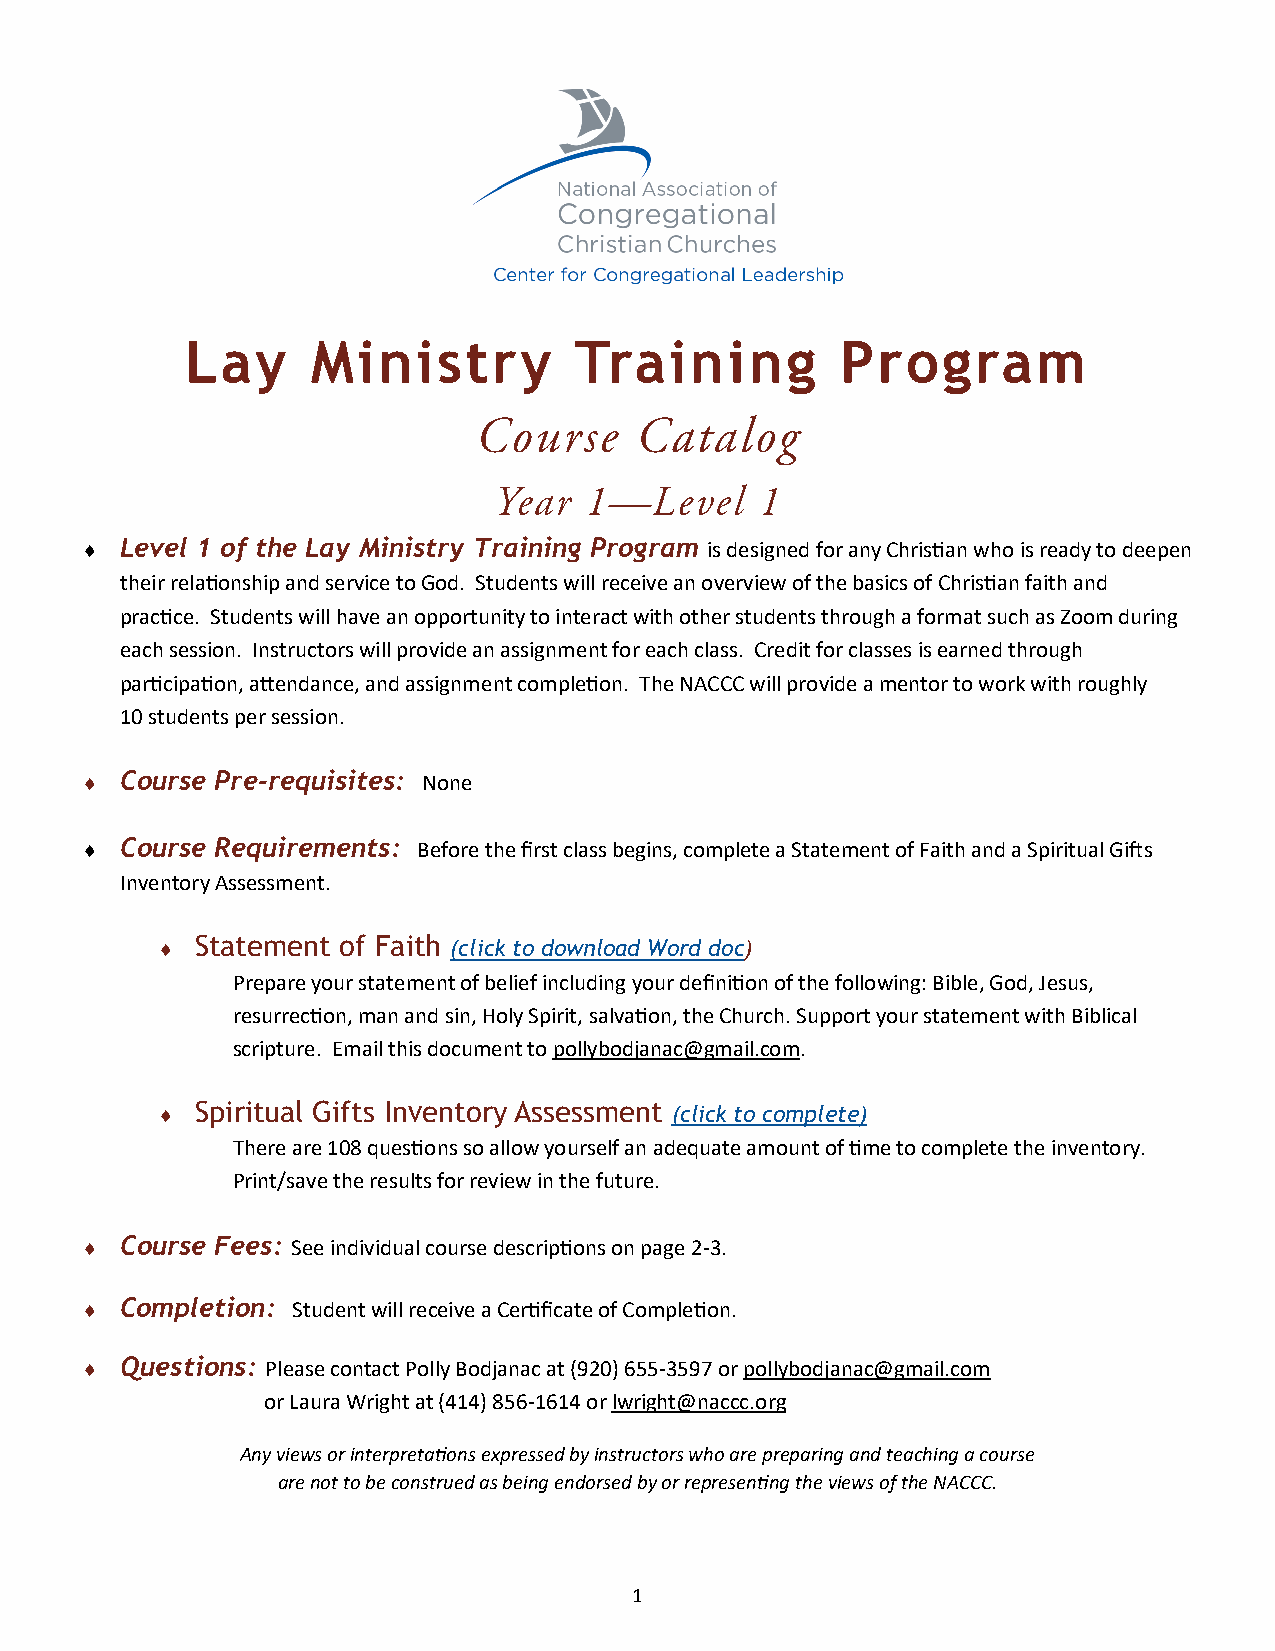
Lay      Ministry         Training          Program
   Level 1 of the Lay Ministry Training Program is designed for any Christian who is ready to deepen
 their relationship and service to God. Students will receive an overview of the basics of Christian faith and
 practice. Students will have an opportunity to interact with other students through a format such as Zoom during
 each session. Instructors will provide an assignment for each class. Credit for classes is earned through
 participation, attendance, and assignment completion. The NACCC will provide a mentor to work with roughly
 10 students per session.
   Course Pre-requisites: None
   Course Requirements: Before the first class begins, complete a Statement of Faith and a Spiritual Gifts
 Inventory Assessment.
   Statement of Faith (click to download Word doc)
 Prepare your statement of belief including your definition of the following: Bible, God, Jesus,
 resurrection, man and sin, Holy Spirit, salvation, the Church. Support your statement with Biblical
 scripture. Email this document to pollybodjanac@gmail.com.
   Spiritual Gifts Inventory Assessment (click to complete)
 There are 108 questions so allow yourself an adequate amount of time to complete the inventory.
 Print/save the results for review in the future.
   Course Fees: See individual course descriptions on page 2-3.
   Completion: Student will receive a Certificate of Completion.
   Questions: Please contact Polly Bodjanac at (920) 655-3597 or pollybodjanac@gmail.com
 or Laura Wright at (414) 856-1614 or lwright@naccc.org
 Any views or interpretations expressed by instructors who are preparing and teaching a course
 are not to be construed as being endorsed by or representing the views of the NACCC.
 1